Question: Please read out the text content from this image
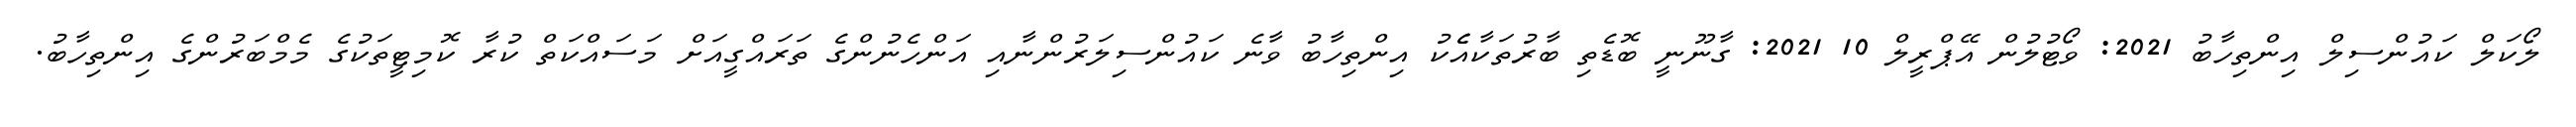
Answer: ލޯކަލް ކައުންސިލް އިންތިހާބު 2021: ވޯޓުލުން އޭޕްރީލް 10 2021: ގާނޫނީ ބޮޑެތި ބާރުތަކާއެެކު އިންތިހާބު ވާނެ ކައުންސިލަރުންނާއި އަންހެނުންގެ ތަރައްގީއަށް މަސައްކަތް ކުރާ ކޮމިޓީތަކުގެ މެމްބަރުންގެ އިންތިހާބު.